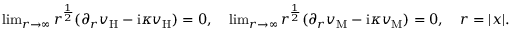
\begin{array} { r } { \operatorname* { l i m } _ { r \to \infty } r ^ { \frac { 1 } { 2 } } ( \partial _ { r } v _ { \mathrm { H } } - \mathrm { i } \kappa v _ { \mathrm { H } } ) = 0 , \quad \operatorname* { l i m } _ { r \to \infty } r ^ { \frac { 1 } { 2 } } ( \partial _ { r } v _ { \mathrm { M } } - \mathrm { i } \kappa v _ { \mathrm { M } } ) = 0 , \quad r = | x | . } \end{array}